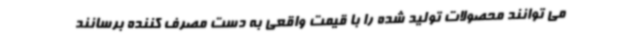
می توانند محصولات تولید شده را با قیمت واقعی به دست مصرف کننده برسانند